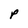
Character: P